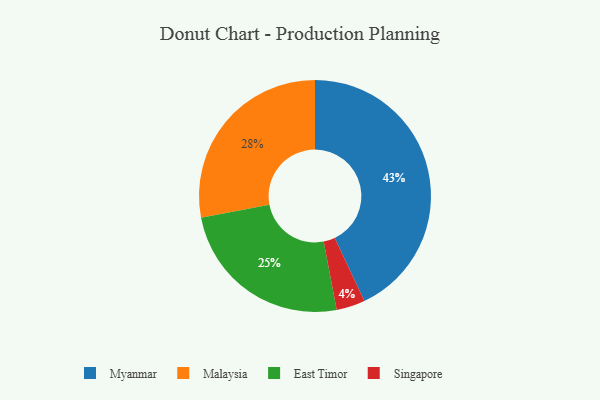
{"axis": {"x": "Category", "y": "Percentage"}, "legend": ["East Timor", "Malaysia", "Myanmar", "Singapore"], "data": [{"x": "East Timor", "y": 25, "type": "East Timor"}, {"x": "Malaysia", "y": 28, "type": "Malaysia"}, {"x": "Singapore", "y": 4, "type": "Singapore"}, {"x": "Myanmar", "y": 43, "type": "Myanmar"}]}